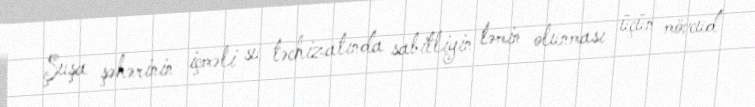
Şuşa şəhərinin içməli su təchizatında sabitliyin təmin olunması üçün mövcud